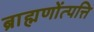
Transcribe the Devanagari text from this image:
ब्राह्मणोंत्पत्ति